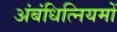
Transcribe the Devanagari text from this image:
अंबंधित्नियमों